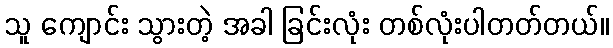
သူ ကျောင်း သွားတဲ့ အခါ ခြင်းလုံး တစ်လုံးပါတတ်တယ်။